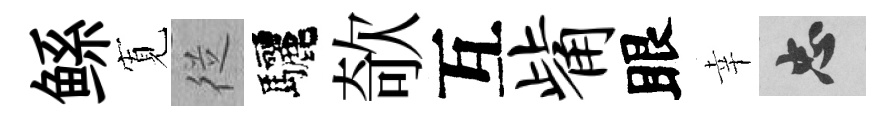
鲧𡩖従驅欹互觜眼幸忠